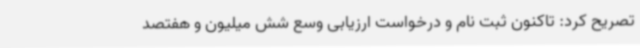
تصریح کرد: تاکنون ثبت نام و درخواست ارزیابی وسع شش میلیون و هفتصد